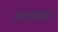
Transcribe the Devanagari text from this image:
लालवाड़ा